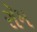
રૉમ